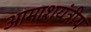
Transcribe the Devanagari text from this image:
आमाशयंत्रीय